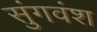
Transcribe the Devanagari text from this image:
सुंगवंश